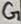
Text: G